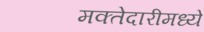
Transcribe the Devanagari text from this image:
मक्तेदारीमध्ये